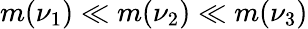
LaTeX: m(\nu_{1})\ll m(\nu_{2})\ll m(\nu_{3})